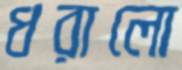
ধরালো